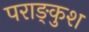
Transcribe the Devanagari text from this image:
पराङ्कुश